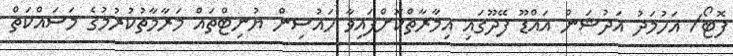
ފޮޓޯ/ އަހުމަދު އަދުޝަން އައްޑޫ ފޭދޫގައި އިމާރާތްކޮށްފައިވާ ހައުސިން ޔުނިޓްތައް މަރާމާތުކުރުމުގެ މަސައްކަތް